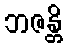
ဘဇန္တိ